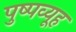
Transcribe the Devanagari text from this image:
पुष्पव्यूह